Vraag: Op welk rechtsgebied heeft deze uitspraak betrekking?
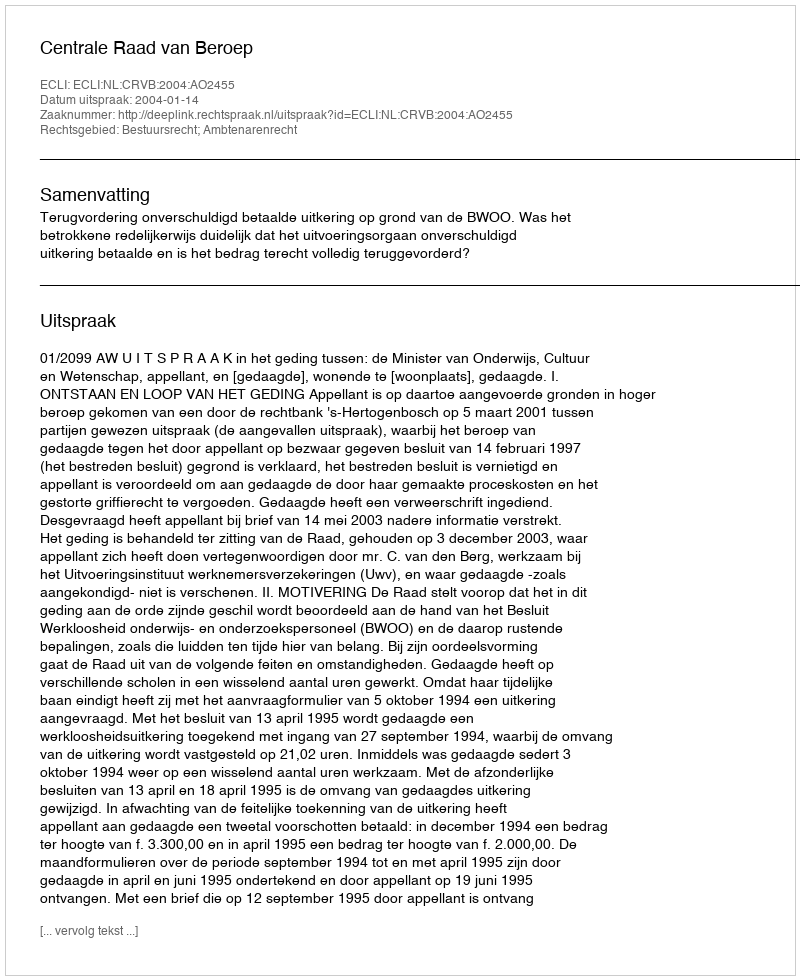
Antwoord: Bestuursrecht; Ambtenarenrecht